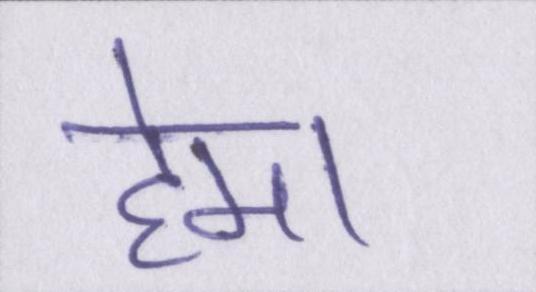
हेमा